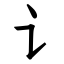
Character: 讠